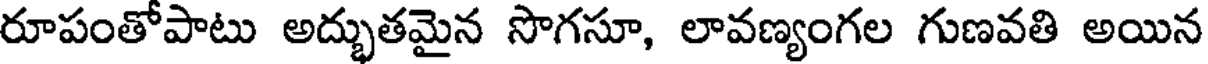
రూపంతోపాటు అద్భుతమైన సొగసూ, లావణ్యంగల గుణవతి అయిన